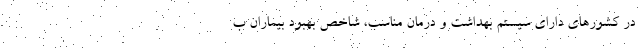
در کشورهای دارای سیستم بهداشت و درمان مناسب، شاخص بهبود بیماران ب